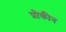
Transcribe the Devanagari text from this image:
प्रोकीन